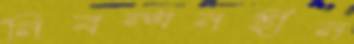
নিবন্ধনহীন